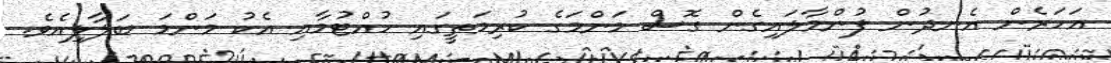
އަހަރެން އެނދުން ފުންމާލައިގެން ގޮސް މަންމަގެ ކުރިމަތީގައި ހުއްޓުމާއި އެކު މަންމަ ބަލާލިއެވެ.